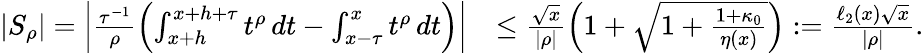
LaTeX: \begin{array}{rl}{|S_{\rho}|=\left|\frac{\tau^{-1}}{\rho}\left(\int_{x+h}^{x+h+\tau}t^{\rho}\, dt-\int_{x-\tau}^{x}t^{\rho}\, dt\right)\right|}&{\leq\frac{\sqrt{x}}{|\rho|}\left(1+\sqrt{1+\frac{1+\kappa_{0}}{\eta(x)}}\right):=\frac{\ell_{2}(x)\sqrt{x}}{|\rho|}.}\end{array}